65_HS1-834228961_62-HQ-83894_Serial_164
Agency: FBI
Page 14
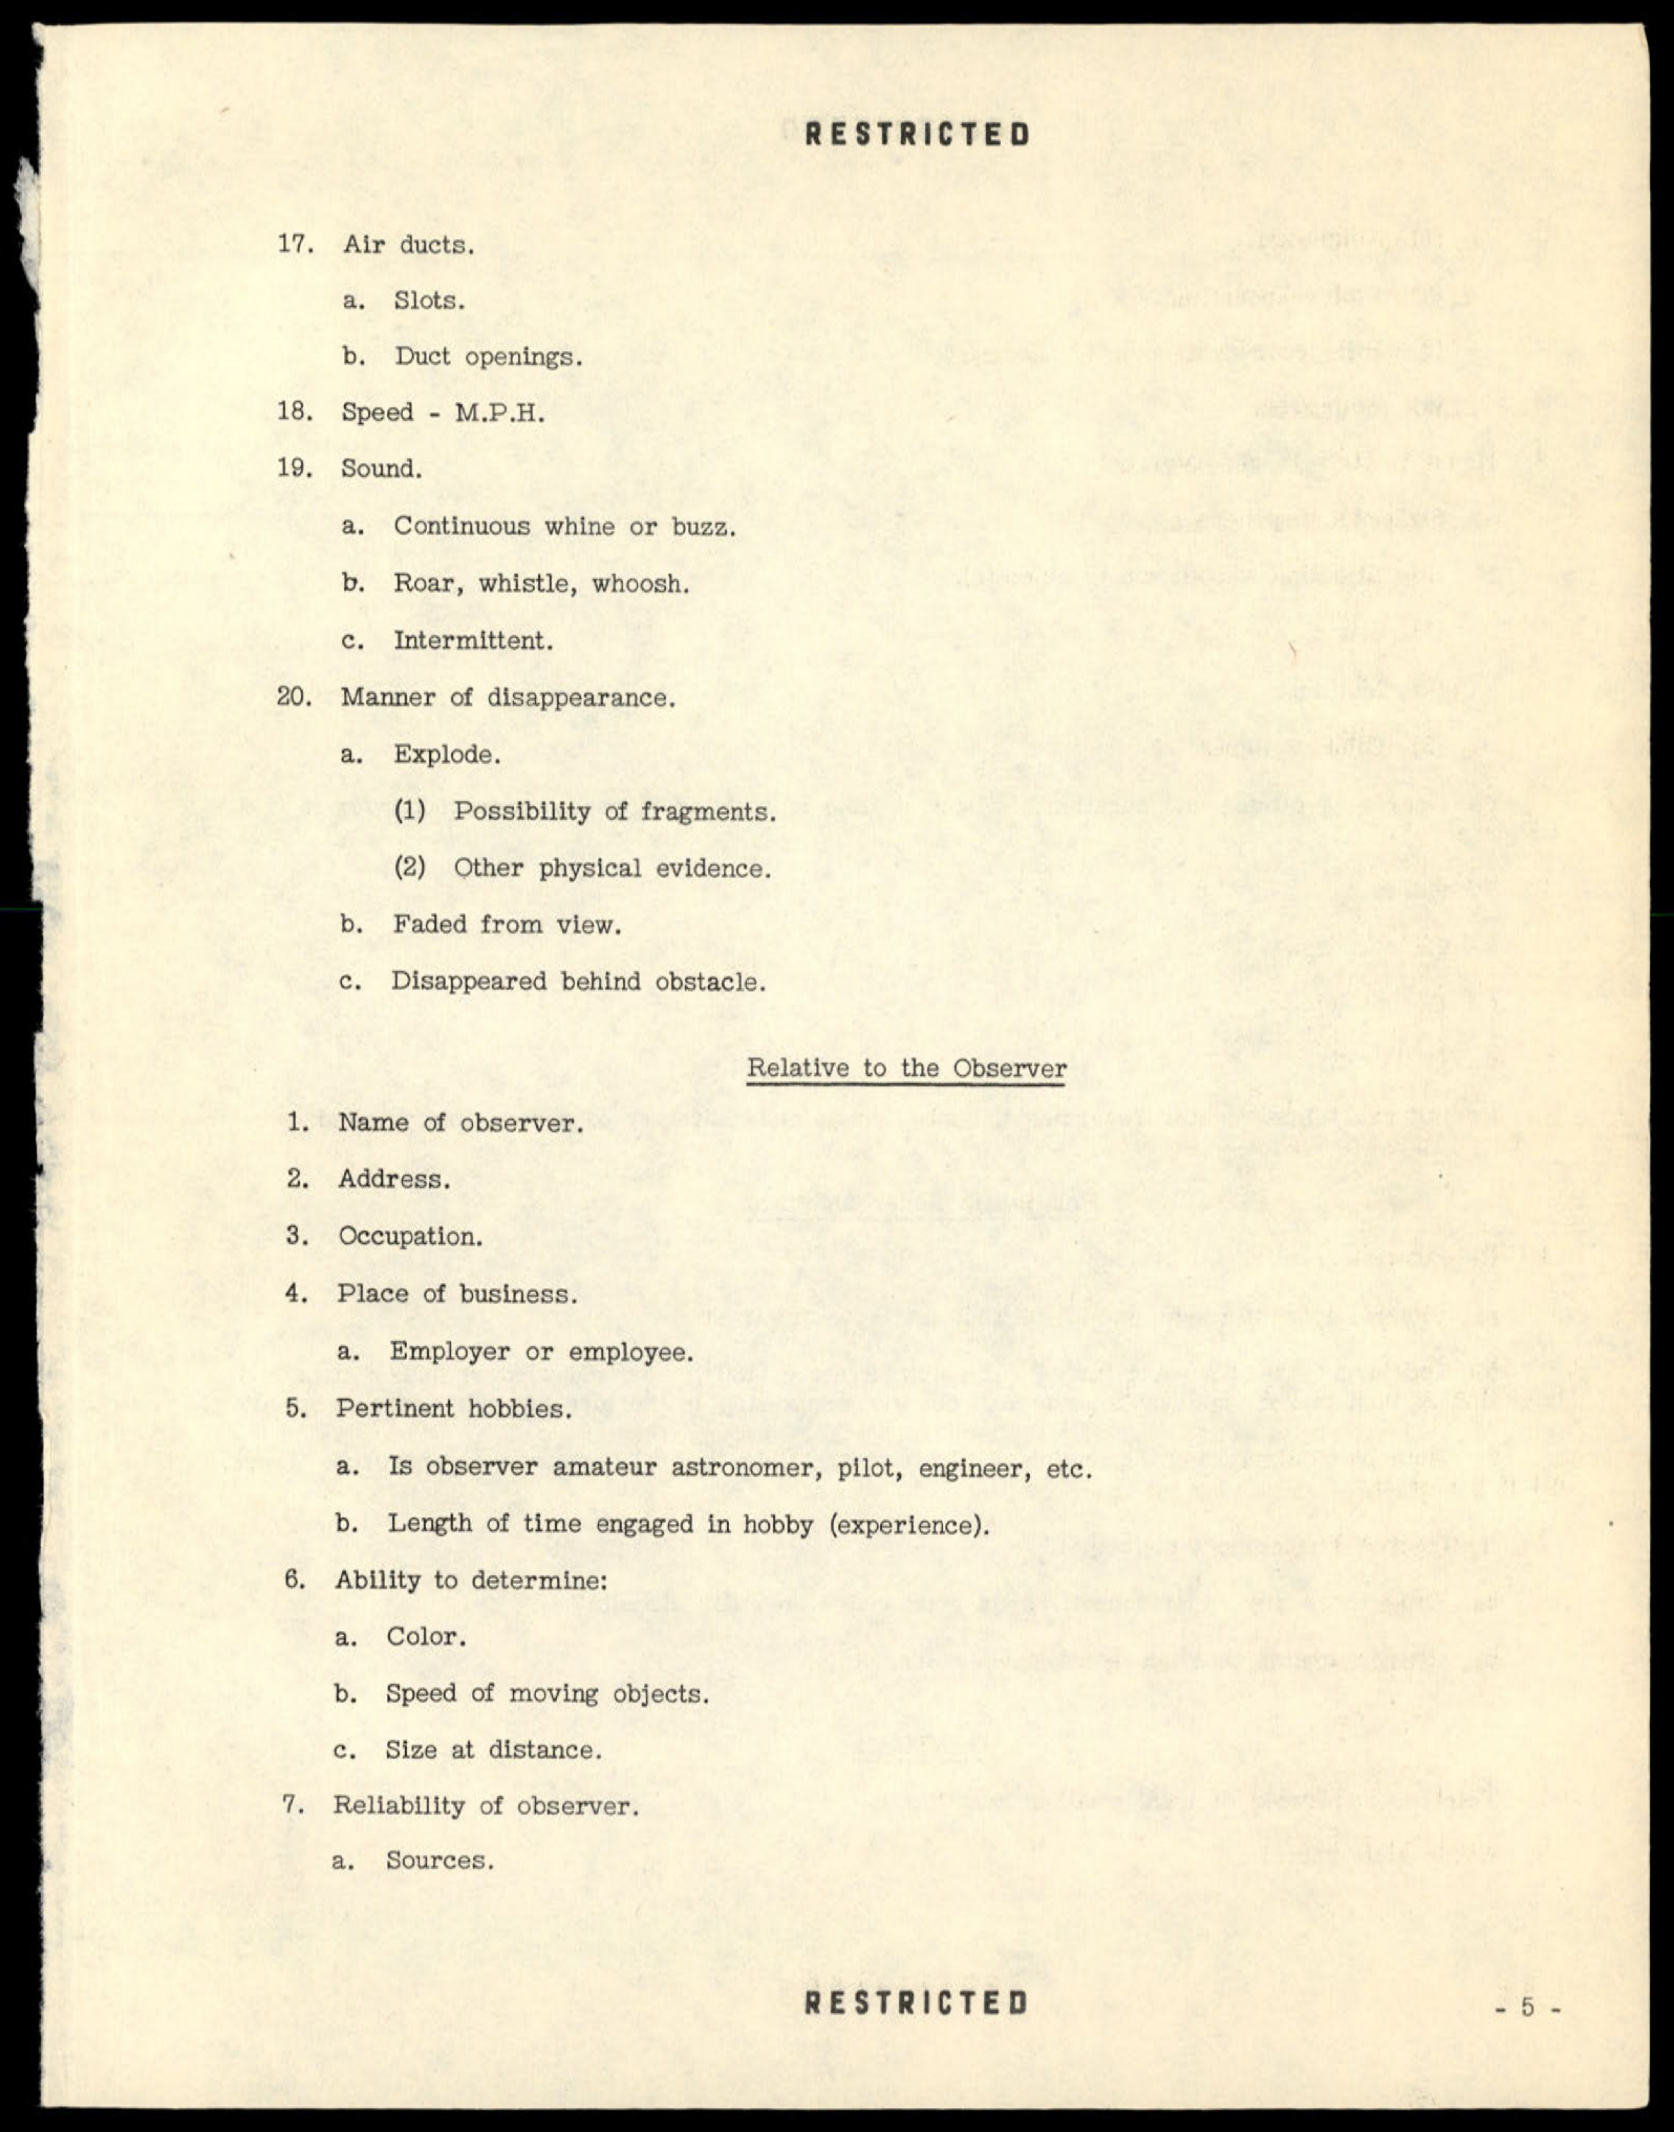